Vital statistics of India. Vol. IV, Annual returns from 1871 to 1876. British Army of India, Native Army and jails of Bengal
Year: 1871
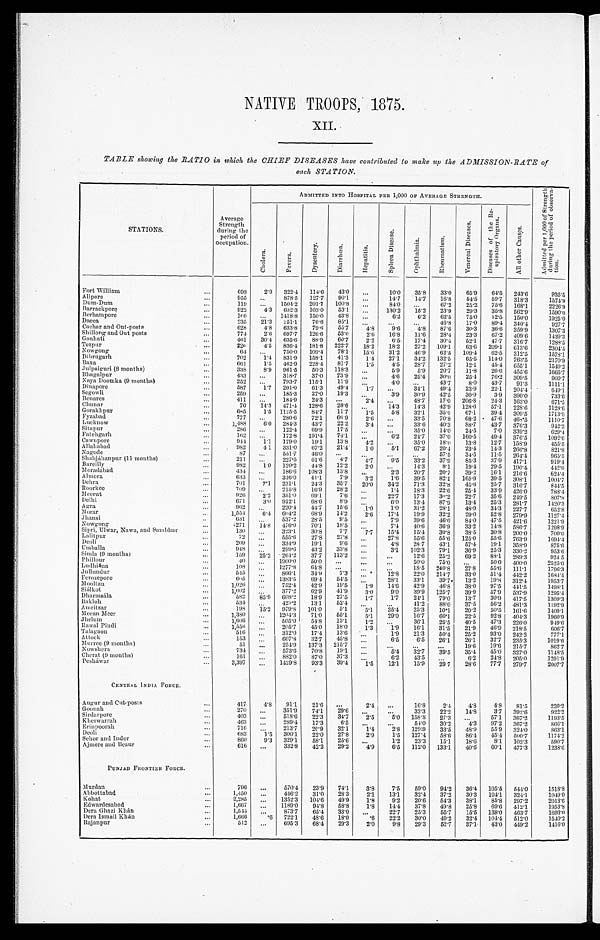
NATIVE TROOPS, 1875.
XII.
TABLE showing the RATIO in which the CHIEF DISEASES have contributed to make up the ADMISSION-RATE of
each STATION.
STATIONS.
Average
Strength
during the
period of
occupation.
ADMITTED INTO HOSPITAL PER 1, 000 OF AVERAGE STRENGTH.
A d m i t t e d p e r 1 , 0 0 0 o f S t r e n g t h d u r i n g t h e p e r i o d o f o b s e r v a - t i o n .
C h o l e r a . F e v e r s .
D y s e n t e r y .
D i a r r h œ a .
H e p a t i t i s .
S p l e e n D i s e a s e .
O p h t h a l m i a .
R h e u m a t i s m .
V e n e r e a l D i s e a s e s .
D i s e a s e s o f t h e R e - s p i r a t o r y O r g a n s .
A l l o t h e r C a u s e s .
Fort William
. . .
698
2.9 322.4 114.6 43.0
. . . 10.0 35.8 33.0 65.9 64.5
2 4 3 . 6
935.5
Alipore
. . .
955
. . . 878.5 127.7 90.1
. . . 14.7 14.7 16.8 54.5 59.7 318.3
1574.9
Dum-Dum
. . .
119
. . . 1504.2 201.7 100.8
. . . 84.0
. . . 67.2 25.2 75.6 168.1
2256.9
Barrackpore
. . .
922
4.3 632.3 103.0 53.1
. . . 130.2 15.2 23.9 29.3 35.8 562.9
1590.0
Berhampore
. . .
1 6 0 ... 1418.8 150.0 43.8
. . . 6.2 6.2 62.5 75.0 12.5 150.0
1925.0
Dacca
. . .
235 21.3 251.1 76.6 85.1
. . .
. . .
. . . 46.8 17.0 89.4 340.4
927.7
Cachar and Out-post
. . .
628 4.8 633.8 79.6 55.7 4.8 9.6 4.8 87.6 30.3 36.6 359.9
1307.3
Shillong and Out posts
. . .
774 2.6 697.7 126.6 53.0 2.6 16.8 11.6 28.4 23.3 67.2 409.6
1439.3
Gauhati
. . .
461 30.4 635.6 88.9 60.7 2.2 6.5 17.4 30.4 52.1 47.7 316.7
1288.5
Tezpur
. . .
220 4.5 836.4 181.8 222.7 18.2 18.2 27.2 109.1 63.6 209.1 613.6
2304.5
Nowgong
. . .
64
. . . 750.0 109.4 78.1 15.6 31.2 46.9 62.5 109.4 62.5 312.5
1578.1
Dibrugarh
. . .
702
1.4 831.9 153.1 41.3 1.4 27.1 34.2 132.5 65.5 114.0 763.5
2170.9
Baxa
. . .
6 6 1 1.5 462.9 228.4 81.7 1.5 4.5 28.7 27.2 12.1 45.4 655.1
1549.2
Julpaiguri (8 months)
. . .
338 8.9 961.5 50.3 118.3
. . . 5.9 5.9 20.7 11.8 26.6 455.6
1665.7
Bhagalpur
. . .
433
. . . 318.7 37.0 73.9
. . . 4.6 25.4 30.9 25.4 76.2 309.5
900. 7
Naya Doomka (9 months)
. . .
252 ... 793.7 115.1 11.9
. . . 4.0
. . . 43.7 8.0 43.7 91.3
1111.1
Dinapore
. . .
587 1.7 201.0 61.3 49.4 1.7 ...
34.1 49.4 23.9 22.1 204.1
649. 1
Segowli
. . .
259 ...
185.3 27.0 19.3
. . . 3.9 30.9 42.5 30.9 3.9 390.0
733.6
Benares
. . .
411 ...
184.9 24.3
. . .
2 . 4
. . . 48.7 17.0 206.8 21.3 163.0
671. 5
Chunar
. . .
70 14.3 471.4 128.6 28.6
. . .
14.3 14.3 42.9 128.6 57.1 228.6
1128.6
Gorakhpur
. . .
6 8 5 1.5 1125.5 84.7 11.7 1.5
5.8 32.1 35.0 67.1 39.4 309.5
1713.9
Fyznhad
. . .
777 ...
280.6 72.1 66.9 2.6 ...
33.5 70.8 68.2 47.6 468.5
1110.7
Lucknow
. . .
1,488 6.0 284.3 43.7 22.2
3 . 4
. . . 33.6 40.3 88.7 43.7 376.3
942.2
Sitapur
. . .
286
. . . 122.4 69.9 17.5
. . . ...
35.0 14.0 24.5 7.0 339.2
629.4
Fatehgarh
. . .
162
. . . 172.8 191.4 74.1
. . . 6.2 24.7 37.0 160.5 49.4 376.5
1095.6
Cawnpore
. . .
944 1.1 179.0 19.1 13.8 4.2 ...
35.0 18.0 13.8 12.7 158.9
455.5
Allahabad
. . .
982
4.1 331.0 67.2 21.4 1.0 5.1 67.2 20.4 23.4 14.3 266.8
821.8
Nagode
. . .
8 7
. . . 551.7 46.0
. . .
. . .
. . .
. . . 57.5 34.5 11.5 264.4
965.5
Shahjáhanpur (11 months)
. . .
211
. . . 227.5 61.6 4.7 4.7
9.5 33.2 37.9 85.3 37.9 417.1
919.1
Bareilly
. . .
982
1.0 120.2 44.8 12.2 2.0
. . . 14.3 8.1 19.4 29.5
1 9 0 . 4
442.0
Moradabad
. . .
434
. . . 186.6 108.3 13.8
. . . 2.3 20.7 20.7 39.2 16.1 216.6
624.4
Almora
. . .
633
. . . 316.0 41.1
7.9 3.2 1.6 39.5 82.1 165.9 39.5 308.1
1004.7
Dehra
. . .
701
7.1 231.1 24.3 35.7 20.0 34.2 71.3 32.8 45.6 25.7 316.7
844.5
Roorkee
. . .
7 0 9
. . . 215.8 16.9 28.2
. . . 1.4 18.3 22.6 25.4 33.9 426.0
788.4
Meerut
. . .
9 2 6 2.2 351.0 69.1
7.6
. . . 22.7 17.3 30.2 22.7 35.6 249.5
807.8
Delhi
. . .
671 3.0 912.1 68.6 8.9
. . .
6 . 0 13.4 87.9 13.4 25.3 281.7
1420.3
Agra
. . .
962
. . . 220.4 44.7 15.6 1.0
1.0 31.2 28.1 48.9 34.3 227.7
652.8
Morar
. . .
1 , 5 5 4 6.4 604.2 68.9 14.2 2.6 17.4 19.9 32.2 29.0 52.8 279.9
1127.4
Jhansi
. . .
631
. . . 537.2 28.5 9.5
. . . 7.9 39.6 46.0 84.0 47.5 421.6
1221.9
Nowgong
. . .
271
1 4 . 8 476.0 70.1 18.5
. . . 7.4 40.6 36.9 33.2 14.8 586.7
1298.9
Sipri, Ulwar, Nawa, and Sambhar
. . .
1 3 0
. . . 323.1 30.8 7.7 7.7 15.4 15.4 30.8 38.5 30.8 200.0
700.0
Lalitpur
. . .
7 2
. . . 555.6 27.8 27.8
. . . 27.8 55.6 55.6 125.0 55.6 763.9
1694.4
Deoli
. . .
209 ...
334.9 19.1 9.6
. . .
4.8 28.7 43.1 57.4 19.1 358.9
875.6
Umballa
. . .
948
. . . 299.6 43.2 33.8 ...
3.1 102.3 79.1 36.9 25.3 330.5
953.6
Simla (9 mouths)
. . .
159
2 5 . 2
2 6 4 . 2 37.7 113.2
. . . ...
12.6 25.2 69.2 88.1 289.3
9 2 4 . 5
Phillour
. . .
40
. . . 1900.0 50.0
. . .
. . . ...
50.0 75.0 ...
50.0 400.0
2525.0
Ludhiána
. . .
108
. . . 1277.8 64.8 ...
. . .
. . . 18.5 240.8 27.8 55.6 111.1
1796.3
Jullundur
. . .
545 ... 866.1 34.9 7.3
. . . 12.8 22.0 214.7 33.0 51.4 442.2
1684.4
Ferozepore
. . .
605 ...
1383.5 69.4 54.5
. . .
28.1 33.1 39.7 13.2 19.8 312.4
1953.7
Mooltan
. . .
1,026
. . . 752.4 4 2.9 19.5 1.9 14.6 42.9 46.8 38.0 97.5 441.5
1498.1
Siálkot
. . .
1,002
. . . 377.2 62.9 41.9 3.0 9.0 39.9 125.7 39.9 57.9 537.9
1295.4
Dharmsála
. . .
582
8 5 . 9 608.2 18.9 27.5
1.7
1.7 24.1 79.0 13.7 30.9 417.5
1309.3
Bakloh
. . .
534
. . .
4 2 3 . 2 13.1 52.4
. . .
. . . 41.2 88.0 37.5 56.2 481.3
1192.9
A m r o t s a r
. . .
198 15.2 979.8 101.0 5.1 5.1 35.4 25.3 10.1 20.2 50.5 161.6
1409.1
Meean Meer
. . .
1,380
. . . 1204.3 71.0 55.1 5.1 29.0 16.7 60.1 22.5 92.8 404.3
1960.9
Jhelum
. . .
1 , 6 0 6
. . . 505.0 54.8 13.1
1 . 2
. . . 36.1 25.5 40.5 47.3 226.0
949.6
Rawal Pindi
. . .
1 , 5 5 6
. . . 205.7 45.0 18.0
1.3 1.9 16.1 31.5 21.9 46.9 218.5
606.7
Tala gaon
. . .
516
. . . 312.0 17.4 13.6
. . . 1.9 21.3 50.4 25.2 93.0 242.2
777.1
Attock
. . .
153
. . . 607.8 32.7
4 5 . 8
. . . 6.5 6.5 26.1 26.1 32.7 235.3
1019.6
Murree (9 months)
. . .
5 1
. . . 254.9 137.3 215.7
. . .
. . .
. . .
. . . 19.6 19.6 215.7
862.7
Nowshera
. . .
734 ...
573.6 70.8
1 9 . 1
. . . 5.1 32.7 39.5 35.4 45.0 327.0
1148.5
Cherat (9 months)
. . .
1 6 1
. . . 882.0 87.0 37.3
. . . 6.2 43.5 . . .
6.2 24.8 205.0
1291.9
Pesháwar
. . .
3,397
. . . 1429.8 93.3 39.4 1.5 12.1 15.9 29 7 28.6 77.7 279.7
2007.7
CENTEAL INDIA FORCE.
Augur and Cut-posts
. . .
417
4 . 8 91.1 21.6
. . . 2 . 4
. . . 16.8
2.4 4.8 4.8 81.5
230.2
Goonah
. . .
270
. . . 351.9 74.1 29.6 ...
...
33.3 22.2 14.8
3.7 392.6
922.2
Sirdarpore
. . .
4 0 3
. . . 518.6 22.3
3 4 . 7 2.5
5.0 158.8 27.3 . . .
57.1 367.2
1193.5
Kherwarrah
. . .
463
. . . 289.4 17.3
6.5 ...
...
54.0 30.2
4.3 97.2 367.2
866.1
Erinpoorah
. . .
716 ...
213.7 20.9 32.1
1.4
2.8 129.9 33.5 48.9 55.9 324.0
863.1
Deol i
. . .
683
1.5 300.1 22.0 27.8
2.9
1.5 127.1 58.6 86.4 45.4
5 0 0 . 7
1174.2
Sehor and Indor
. . .
860 9.3 329.1 58.1
2 5 . 6 . . .
1.2 23.3 15.1 18.6
8.1 102.3
590.7
Ajmere and Beaur
. . .
616 ...
332.8 42.2 29.2
4.9
6.5 112.0 133.1 40.6 60.1 477.3
1238.6
PUNJAE FRONTIER FORCE.
. . .
Murdan
. . .
796 ...
570.4 23.9 74.1
3.8
7.5 59.0 94.2 36.4 105.5 544.0
1518.8
1049.0
Abbottabad
. . .
1,450
. . . 446.2 31.0 28.3
2. 1 13.1 32.4 37.2 30.3 1041 324.1
2013.6
Kohat
. . .
2,285 ... 1352.3 104.6 49.9
1.8
9.2 20.6 54.3 38.1 85.8 297.2
1953.8
Edwardesabad
. . .
1,667 ... 1189.0 94.8 58.8
1.8 14.4 37.8 49.8 25.8 69.6 412.1
1693.0
Dera Ghazi Khán
. . .
1 , 5 4 4
. . . 873.7 65.4 33.0
. . .
22.7 25.3 55.7 15.5 138.0 463.7
1540.2
Dera Ismail Khán
. . .
1,666
. 6 7 2 2 . 1
48.6 18.0
.6 22.2 30.0 49.2 32.4 104.4 512.0
1 4 1 6 . 0
Rajanpur
. . .
512 ...
695.3 68.4 29.3
2. 0
9. 8 29. 3 52.7 37.1 43.0 449.2
1416.0